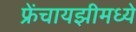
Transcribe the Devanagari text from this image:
फ्रेंचायझीमध्ये